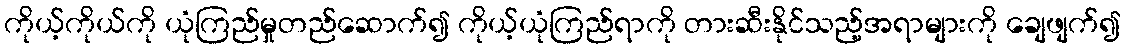
ကိုယ့်ကိုယ်ကို ယုံကြည်မှုတည်ဆောက်၍ ကိုယ့်ယုံကြည်ရာကို တားဆီးနိုင်သည့်အရာများကို ချေဖျက်၍